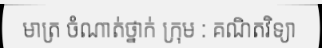
មាត្រ ចំណាត់ថ្នាក់ ក្រុម : គណិតវិទ្យា